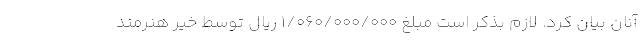
آنان بیان کرد. لازم بذکر است مبلغ ۱/۰۶۰/۰۰۰/۰۰۰ ریال توسط خیر هنرمند